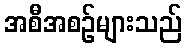
အစီအစဉ်များသည်